Indian journal of veterinary science and animal husbandry - Volume 11,
Year: 1941
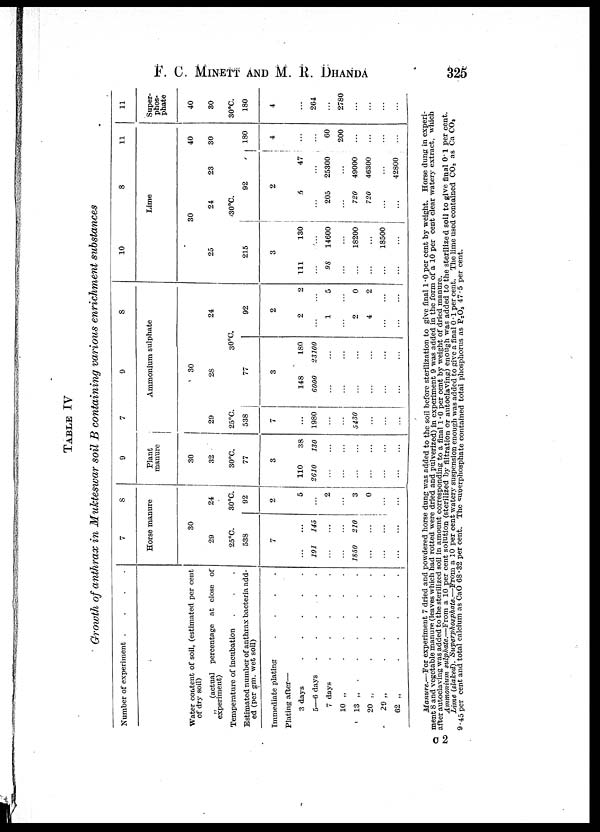
F. C. MINETT AND M. R. DHANDA
325
TABLE IV
Growth of anthrax in Mukteswar soil B containing various enrichment
substances
Number of experiment
.
.
.
.
Water content of soil, (estimated per cent
of dry soil)
„ (actual percentage at close of
experiment)
Temperature of incubation . . .
Estimated number of anthrax bacteria add-
ed (per gm. wet soil)
Immediate plating
.
.
.
.
Plating after—
3 days
.
.
.
.
.
5—6 days
.
.
.
.
.
7 days
.
.
.
.
.
10 „
.
.
.
.
.
13 „
.
.
.
.
.
.
20 „
.
.
.
.
.
29
„
.
.
.
.
.
62 „
.
.
.
.
.
7
8
Horse manure
30
29
25°C.
538
7
...
191
...
...
1850
...
...
...
...
145
...
...
210
...
...
...
24
30°C.
92
2
5
...
2
...
3
0
...
...
9
Plant
manure
30
32
30°C.
77
3
110
2610
...
...
...
...
...
...
38
130
...
...
...
...
...
...
7
9
8
Ammonium sulphate
30
29
25°C.
538
7
...
1980
...
...
5430
...
...
...
28
24
30°C.
77
3
148
6000
...
...
...
...
...
...
180
23100
...
...
...
...
...
...
92
2
2
...
1
...
2
4
...
...
2
...
5
...
0
2
...
...
10
8
11
Lime
30
25
24
23
40
30
30°C.
215
3
111
...
98
...
...
...
...
...
130
...
14600
...
18200
...
18500
...
92
2
5
...
205
...
720
720
...
...
47
...
25300
...
49000
46300
...
42800
180
4
...
...
60
200
...
...
...
...
11
Super-
phos-
phate
40
30
30°C.
180
4
...
264
...
2780
...
...
...
...
Manure.—For experiment 7 dried and powdered horse dung was added to the soil before sterilization to give final 1.0 per cent by weight. Horse dung in experi-
ment 8 and vegetable manure (leaves which had rotted were dried and pulverized) in experiment 9 was added in the form of a 10 per cent clear watery extract, which
after autoclaving was added to the sterilized soil in amount corresponding to a final 1.0 per cent by weight of dried manure.
Ammonium sulphate.—From a 10 per cent solution (sterilized by filtration or autoclaving) enough was added to the sterilized soil to give final 0.1 per cent.
Lime (slaked) . Superphosphate—From
a 10 per cent watery suspension enough was added to give a final 0.1 per cent. The lime used contained CO 2 as Ca CO 2
9.45 per cent and total calcium as CaO 68.32 per cent. The superphosphate contained total phosphorus as P 2 O 5 47.5 per cent.
C